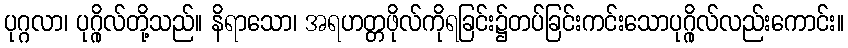
ပုဂ္ဂလာ၊ ပုဂ္ဂိုလ်တို့သည်။ နိရာသော၊ အရဟတ္တဖိုလ်ကိုရခြင်း၌တပ်ခြင်းကင်းသောပုဂ္ဂိုလ်လည်းကောင်း။